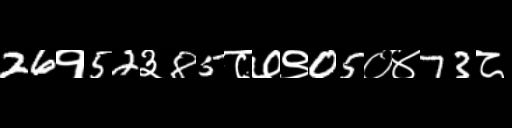
Text: 26१52३85८७९05०४73८